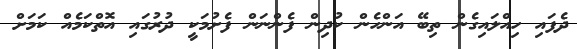
ދެފައި ހިއްލައިގެން ތިބޭ އަންހެން ކުދިން ފެންނަން ފެށުމަކީ ދުރުގައި އޮތްކަމެއް ކަމަށް